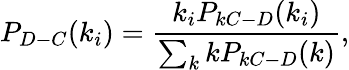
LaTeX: P_{D-C}(k_{i})=\frac{k_{i}P_{kC-D}(k_{i})}{\sum_{k}kP_{kC-D}(k)},